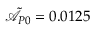
\tilde { \mathcal { A } } _ { P 0 } = 0 . 0 1 2 5